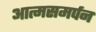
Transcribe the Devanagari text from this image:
आत्मसमर्पन